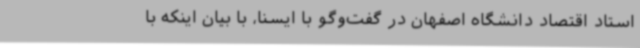
استاد اقتصاد دانشگاه اصفهان در گفت‌وگو با ایسنا، با بیان اینکه با